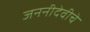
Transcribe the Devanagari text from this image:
जननीदेवीचे